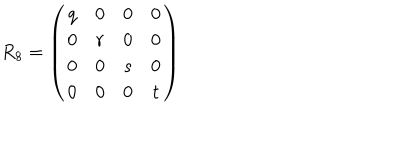
LaTeX: R _ { 8 } = \left( \begin{array} { c c c c } { { q } } & { { 0 } } & { { 0 } } & { { 0 } } \\ { { 0 } } & { { r } } & { { 0 } } & { { 0 } } \\ { { 0 } } & { { 0 } } & { { s } } & { { 0 } } \\ { { 0 } } & { { 0 } } & { { 0 } } & { { t } } \\ \end{array} \right)